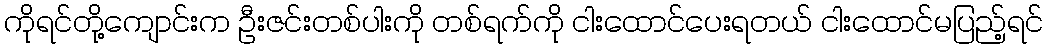
ကိုရင်တို့ကျောင်းက ဦးဇင်းတစ်ပါးကို တစ်ရက်ကို ငါးထောင်ပေးရတယ် ငါးထောင်မပြည့်ရင်